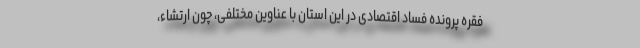
فقره پرونده فساد اقتصادی در این استان با عناوین مختلفی، چون ارتشاء،